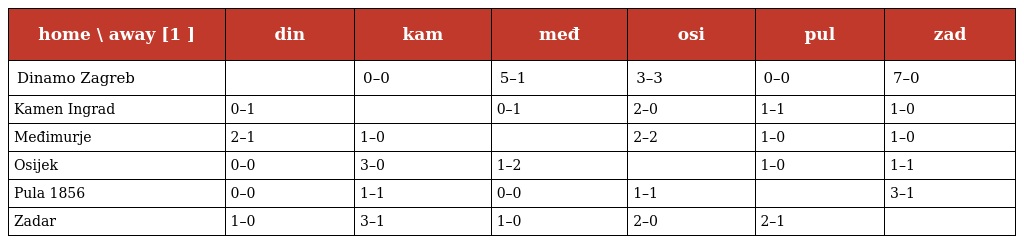
| home \ away [1 ] | din | kam | međ | osi | pul | zad |
 | --- | --- | --- | --- | --- | --- | --- |
 | Dinamo Zagreb |  | 0–0 | 5–1 | 3–3 | 0–0 | 7–0 |
 | Kamen Ingrad | 0–1 |  | 0–1 | 2–0 | 1–1 | 1–0 |
 | Međimurje | 2–1 | 1–0 |  | 2–2 | 1–0 | 1–0 |
 | Osijek | 0–0 | 3–0 | 1–2 |  | 1–0 | 1–1 |
 | Pula 1856 | 0–0 | 1–1 | 0–0 | 1–1 |  | 3–1 |
 | Zadar | 1–0 | 3–1 | 1–0 | 2–0 | 2–1 |  |